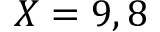
X = 9 , 8